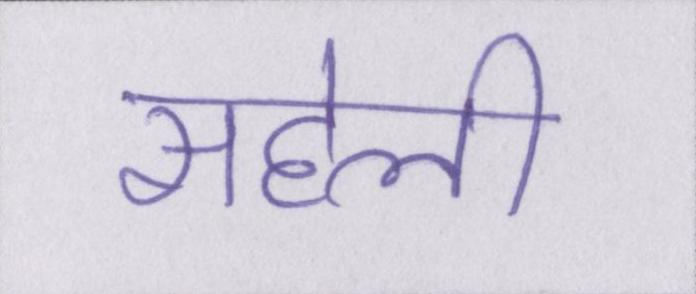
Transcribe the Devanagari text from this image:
सहेली